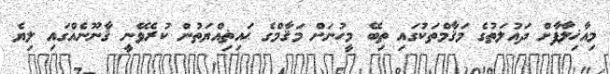
މިއާޚިލާފާށް ދައުލަތުގެ މަޤާމްތަކުގައި ތިބޭ މީހުނަށް މަޤާމްގެ ޙައިޡިއްޔަތުން ކުރެވޭނީ ޤާނޫނެއްގައި ލިޔެ